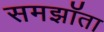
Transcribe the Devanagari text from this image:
समझॉता